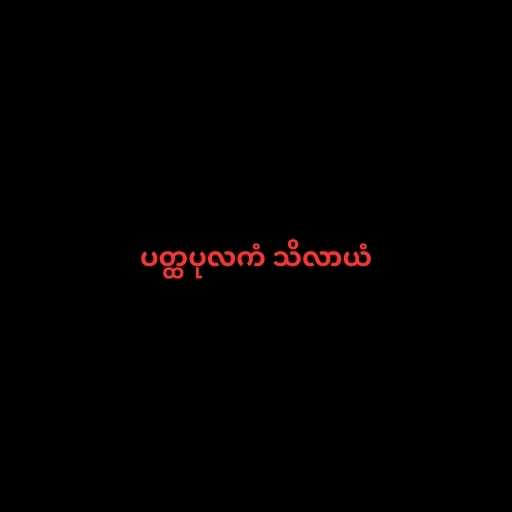
ပတ္ထပုလကံ သိလာယံ